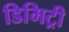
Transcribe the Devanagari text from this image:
डिमिट्री